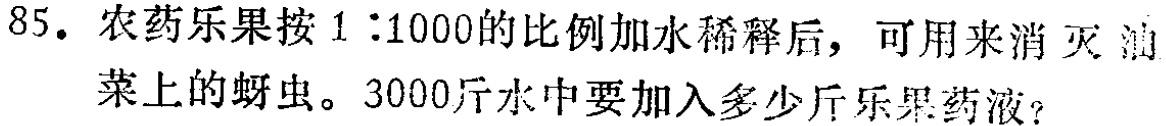
85. 农药乐果按 \(1:1000\)的比例加水稀释后，可用来消灭油菜上的蚜虫。3000斤水中要加入多少斤乐果药液？